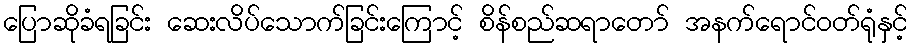
ပြောဆိုခံရခြင်း ဆေးလိပ်သောက်ခြင်းကြောင့် စိန်စည်ဆရာတော် အနက်ရောင်ဝတ်ရုံနှင့်